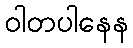
ဝါတပါနေန